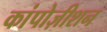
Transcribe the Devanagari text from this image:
कांपोज़ीशन